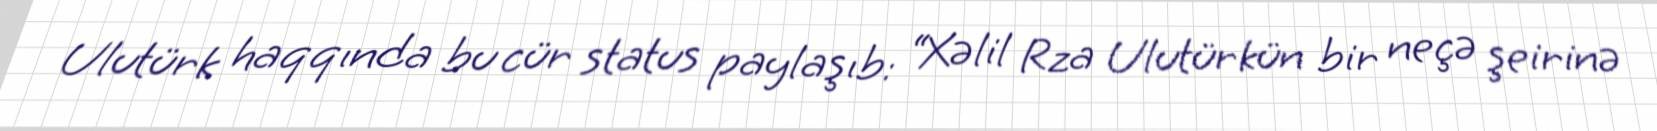
Ulutürk haqqında bu cür status paylaşıb: “Xəlil Rza Ulutürkün bir neçə şeirinə